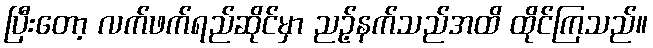
ပြီးတော့ လက်ဖက်ရည်ဆိုင်မှာ ညဉ့်နက်သည်အထိ ထိုင်ကြသည်။